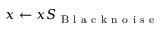
x \leftarrow x S _ { \mathrm { ~ B ~ l ~ a ~ c ~ k ~ n ~ o ~ i ~ s ~ e ~ } }